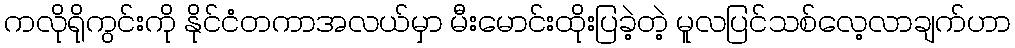
ကလိုရိုကွင်းကို နိုင်ငံတကာအလယ်မှာ မီးမောင်းထိုးပြခဲ့တဲ့ မူလပြင်သစ်လေ့လာချက်ဟာ